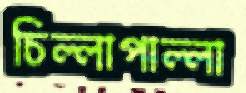
চিল্লাপাল্লা